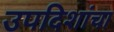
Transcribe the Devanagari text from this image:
उपदिशांचा